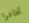
تخافوا